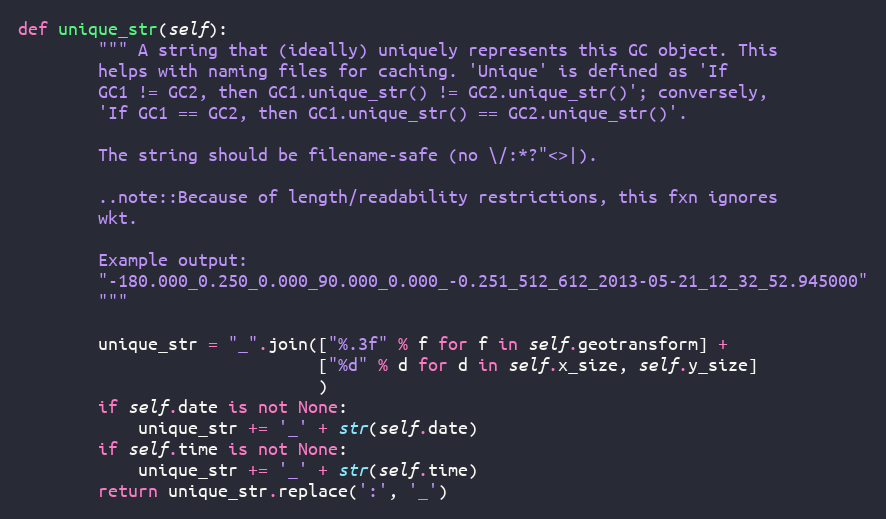
Language: Python
def unique_str(self):
        """ A string that (ideally) uniquely represents this GC object. This
        helps with naming files for caching. 'Unique' is defined as 'If
        GC1 != GC2, then GC1.unique_str() != GC2.unique_str()'; conversely,
        'If GC1 == GC2, then GC1.unique_str() == GC2.unique_str()'.

        The string should be filename-safe (no \/:*?"<>|).

        ..note::Because of length/readability restrictions, this fxn ignores
        wkt.

        Example output:
        "-180.000_0.250_0.000_90.000_0.000_-0.251_512_612_2013-05-21_12_32_52.945000"
        """

        unique_str = "_".join(["%.3f" % f for f in self.geotransform] +
                              ["%d" % d for d in self.x_size, self.y_size]
                              )
        if self.date is not None:
            unique_str += '_' + str(self.date)
        if self.time is not None:
            unique_str += '_' + str(self.time)
        return unique_str.replace(':', '_')